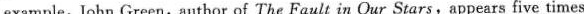
example, John Green,author of The Fault in Our Stars,appears five times